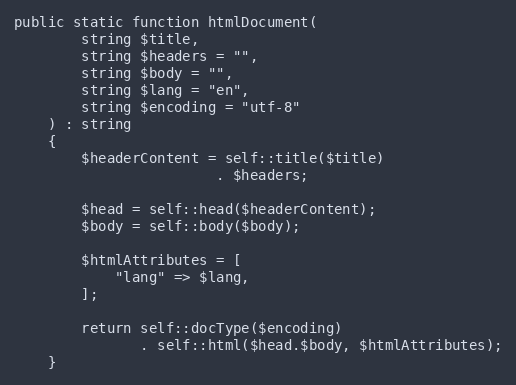
Language: PHP
public static function htmlDocument(
        string $title,
        string $headers = "",
        string $body = "",
        string $lang = "en",
        string $encoding = "utf-8"
    ) : string
    {
        $headerContent = self::title($title)
                        . $headers;

        $head = self::head($headerContent);
        $body = self::body($body);

        $htmlAttributes = [
            "lang" => $lang,
        ];

        return self::docType($encoding)
               . self::html($head.$body, $htmlAttributes);
    }